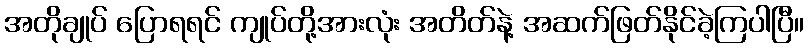
အတိုချုပ် ပြောရရင် ကျုပ်တို့အားလုံး အတိတ်နဲ့ အဆက်ဖြတ်နိုင်ခဲ့ကြပါပြီ။